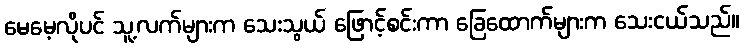
မေမေ့လိုပင် သူ့လက်များက သေးသွယ် ဖြောင့်စင်းကာ ခြေထောက်များက သေးငယ်သည်။